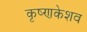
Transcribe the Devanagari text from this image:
कृष्णकेशव